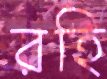
রহি